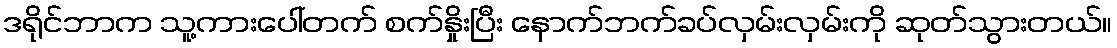
ဒရိုင်ဘာက သူ့ကားပေါ်တက် စက်နှိုးပြီး နောက်ဘက်ခပ်လှမ်းလှမ်းကို ဆုတ်သွားတယ်။